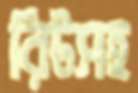
রিটসহ